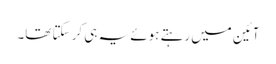
آئین میں رہتے ہوئے یہ ہی کر سکتا تھا۔